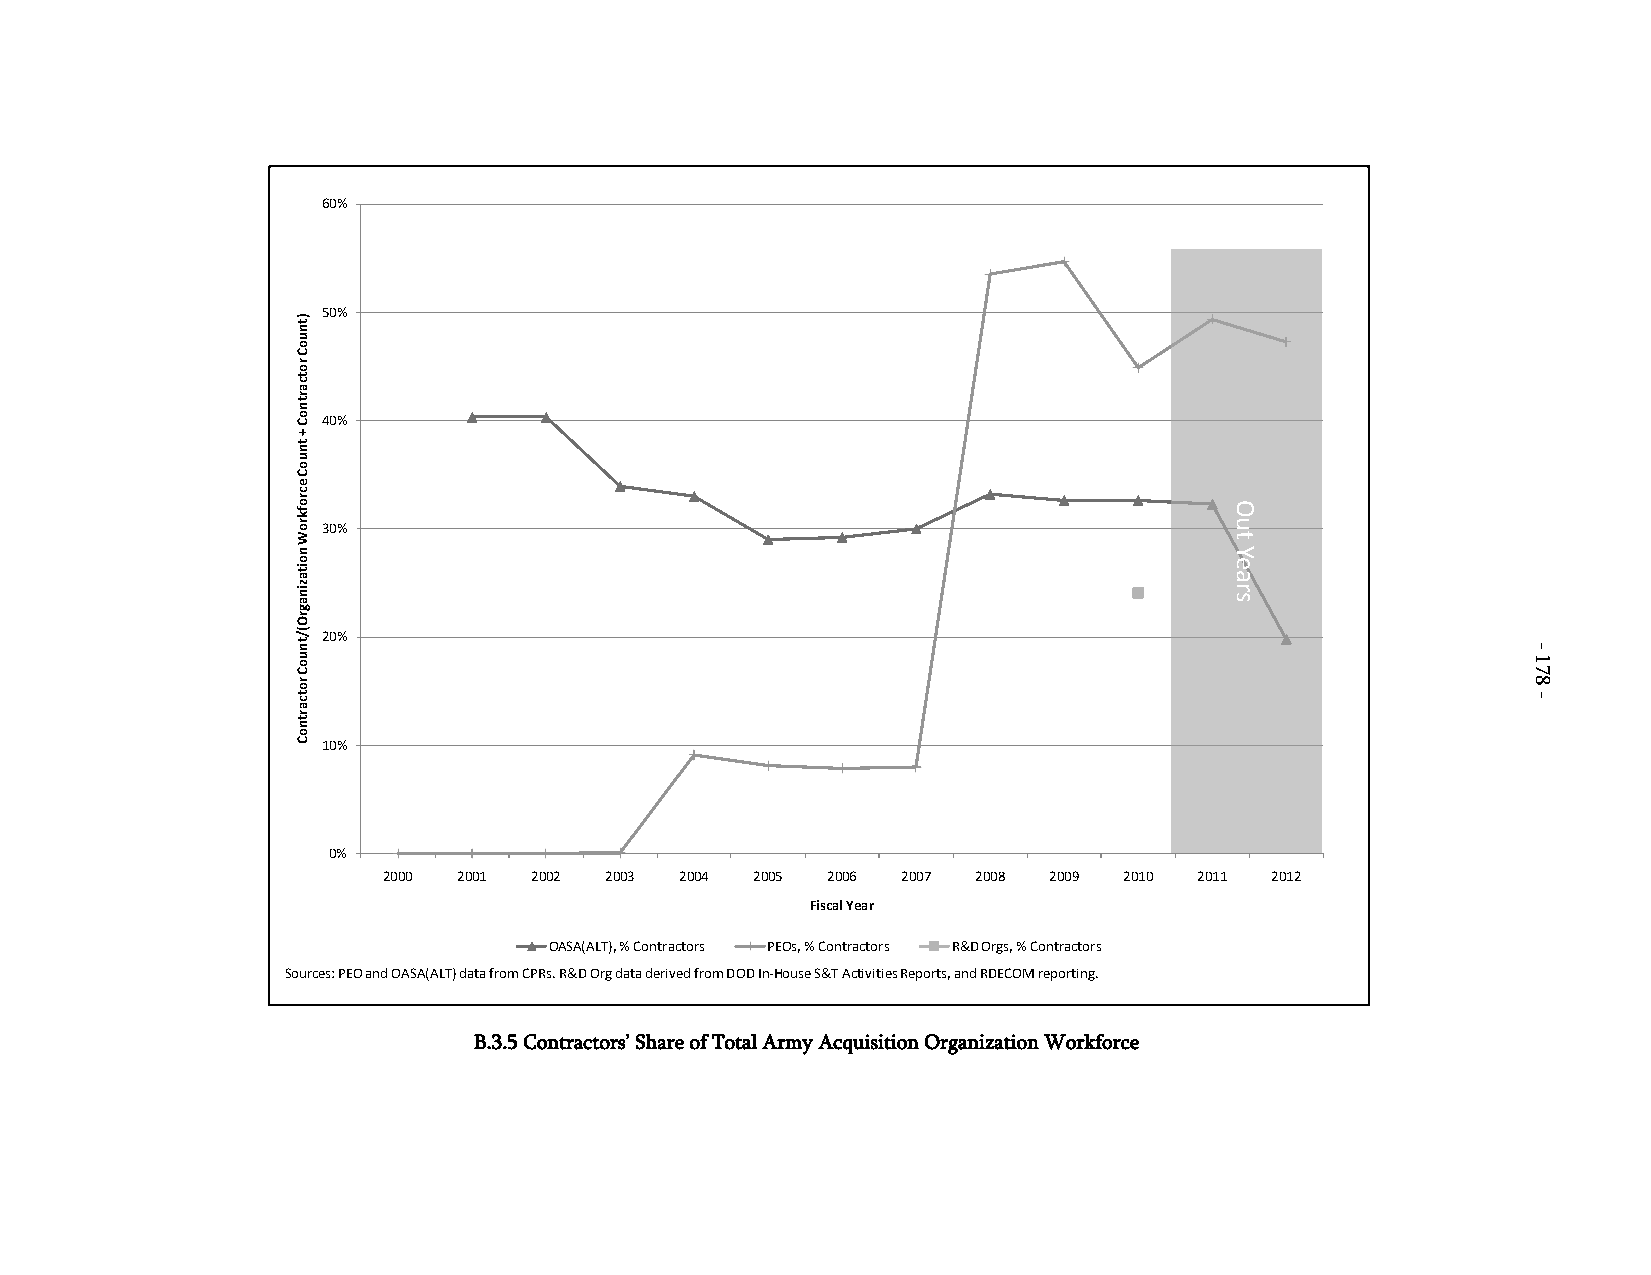
60%
 50%
 40%
 30%
 20%
 10%
 0%
 2000 2001 2002 2003 2004 2005 2006 2007 2008 2009 2010 2011 2012
 Fiscal Year
 OASA(ALT), % Contractors PEOs, % Contractors R&D Orgs, % Contractors
 Sources: PEO and OASA(ALT) data from CPRs. R&D Org data derived from DOD In-House S&T Activities Reports, and RDECOM reporting.
 B.3.5 Contractors’ Share of Total Army Acquisition Organization Workforce
 )tnuoC
 rotcartnoC
 +
 tnuoC
 ecrofkroW
 noitazinagrO(/tnuoC
 rotcartnoC
 Out
 Years
 -
 178
 -